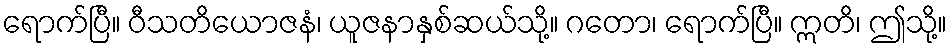
ရောက်ပြီ။ ဝီသတိယောဇနံ၊ ယူဇနာနှစ်ဆယ်သို့။ ဂတော၊ ရောက်ပြီ။ ဣတိ၊ ဤသို့။